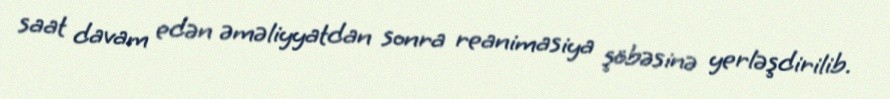
saat davam edən əməliyyatdan sonra reanimasiya şöbəsinə yerləşdirilib.